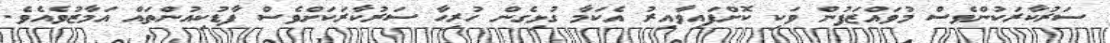
ސަރުކާރަކުންވެސް މުވައްޒަފުން ވަކި ކޮށްފައިވާއިރު އެކަމާ ގުޅިގެން ހުރިހާ ސަރުކާރަކަށްވެސް ފާޑުކިއުންތައް އަމާޒުވެއެވެ.